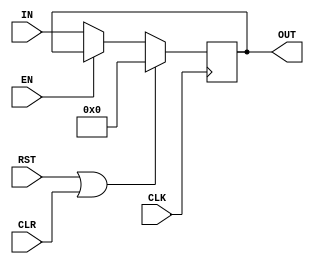
`timescale 1ns / 1ps
/*
    Register Module:
    - Simple Input > Output register
    - Clock/Reset
    - Enable(stall)/Flush(clear)
    - Parameterized
    - Used mostly in conjunction with MUX/ADDER    
*/
module RG #(parameter BL = 32)
          (input CLK, RST, EN, CLR,
           input [BL-1:0] IN,
           output reg [BL-1:0] OUT);

// Internal Connection:  
reg [BL-1:0] INA;         
           
always @ * 
    if (RST || CLR)
        INA = 0;
    else if (!EN)
        INA = IN;
    else 
        INA = OUT;
/*
    if (RST)
        INA = 0;
    else begin
        if (!EN)
            INA = IN;
        else 
            INA = INA;
        if (CLR)
            INA = 0;
    end
*/
    
always @ (posedge CLK)
    OUT <= INA;

endmodule